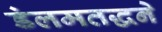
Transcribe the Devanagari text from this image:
डंलमतद्धने